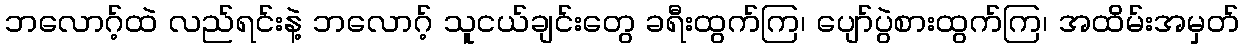
ဘလောဂ့်ထဲ လည်ရင်းနဲ့ ဘလောဂ့် သူငယ်ချင်းတွေ ခရီးထွက်ကြ၊ ပျော်ပွဲစားထွက်ကြ၊ အထိမ်းအမှတ်